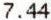
7.44